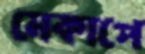
মেকাপে